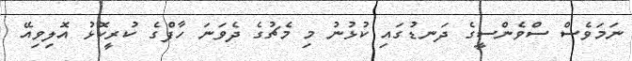
ނަމަވެސް ސްވެންސީގެ ދަނޑުގައި ކުޅުނު މި މެޗުގެ ދެވަނަ ހާފްގެ ކުރީކޮޅު އޮލިވިއޭ